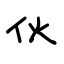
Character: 伙